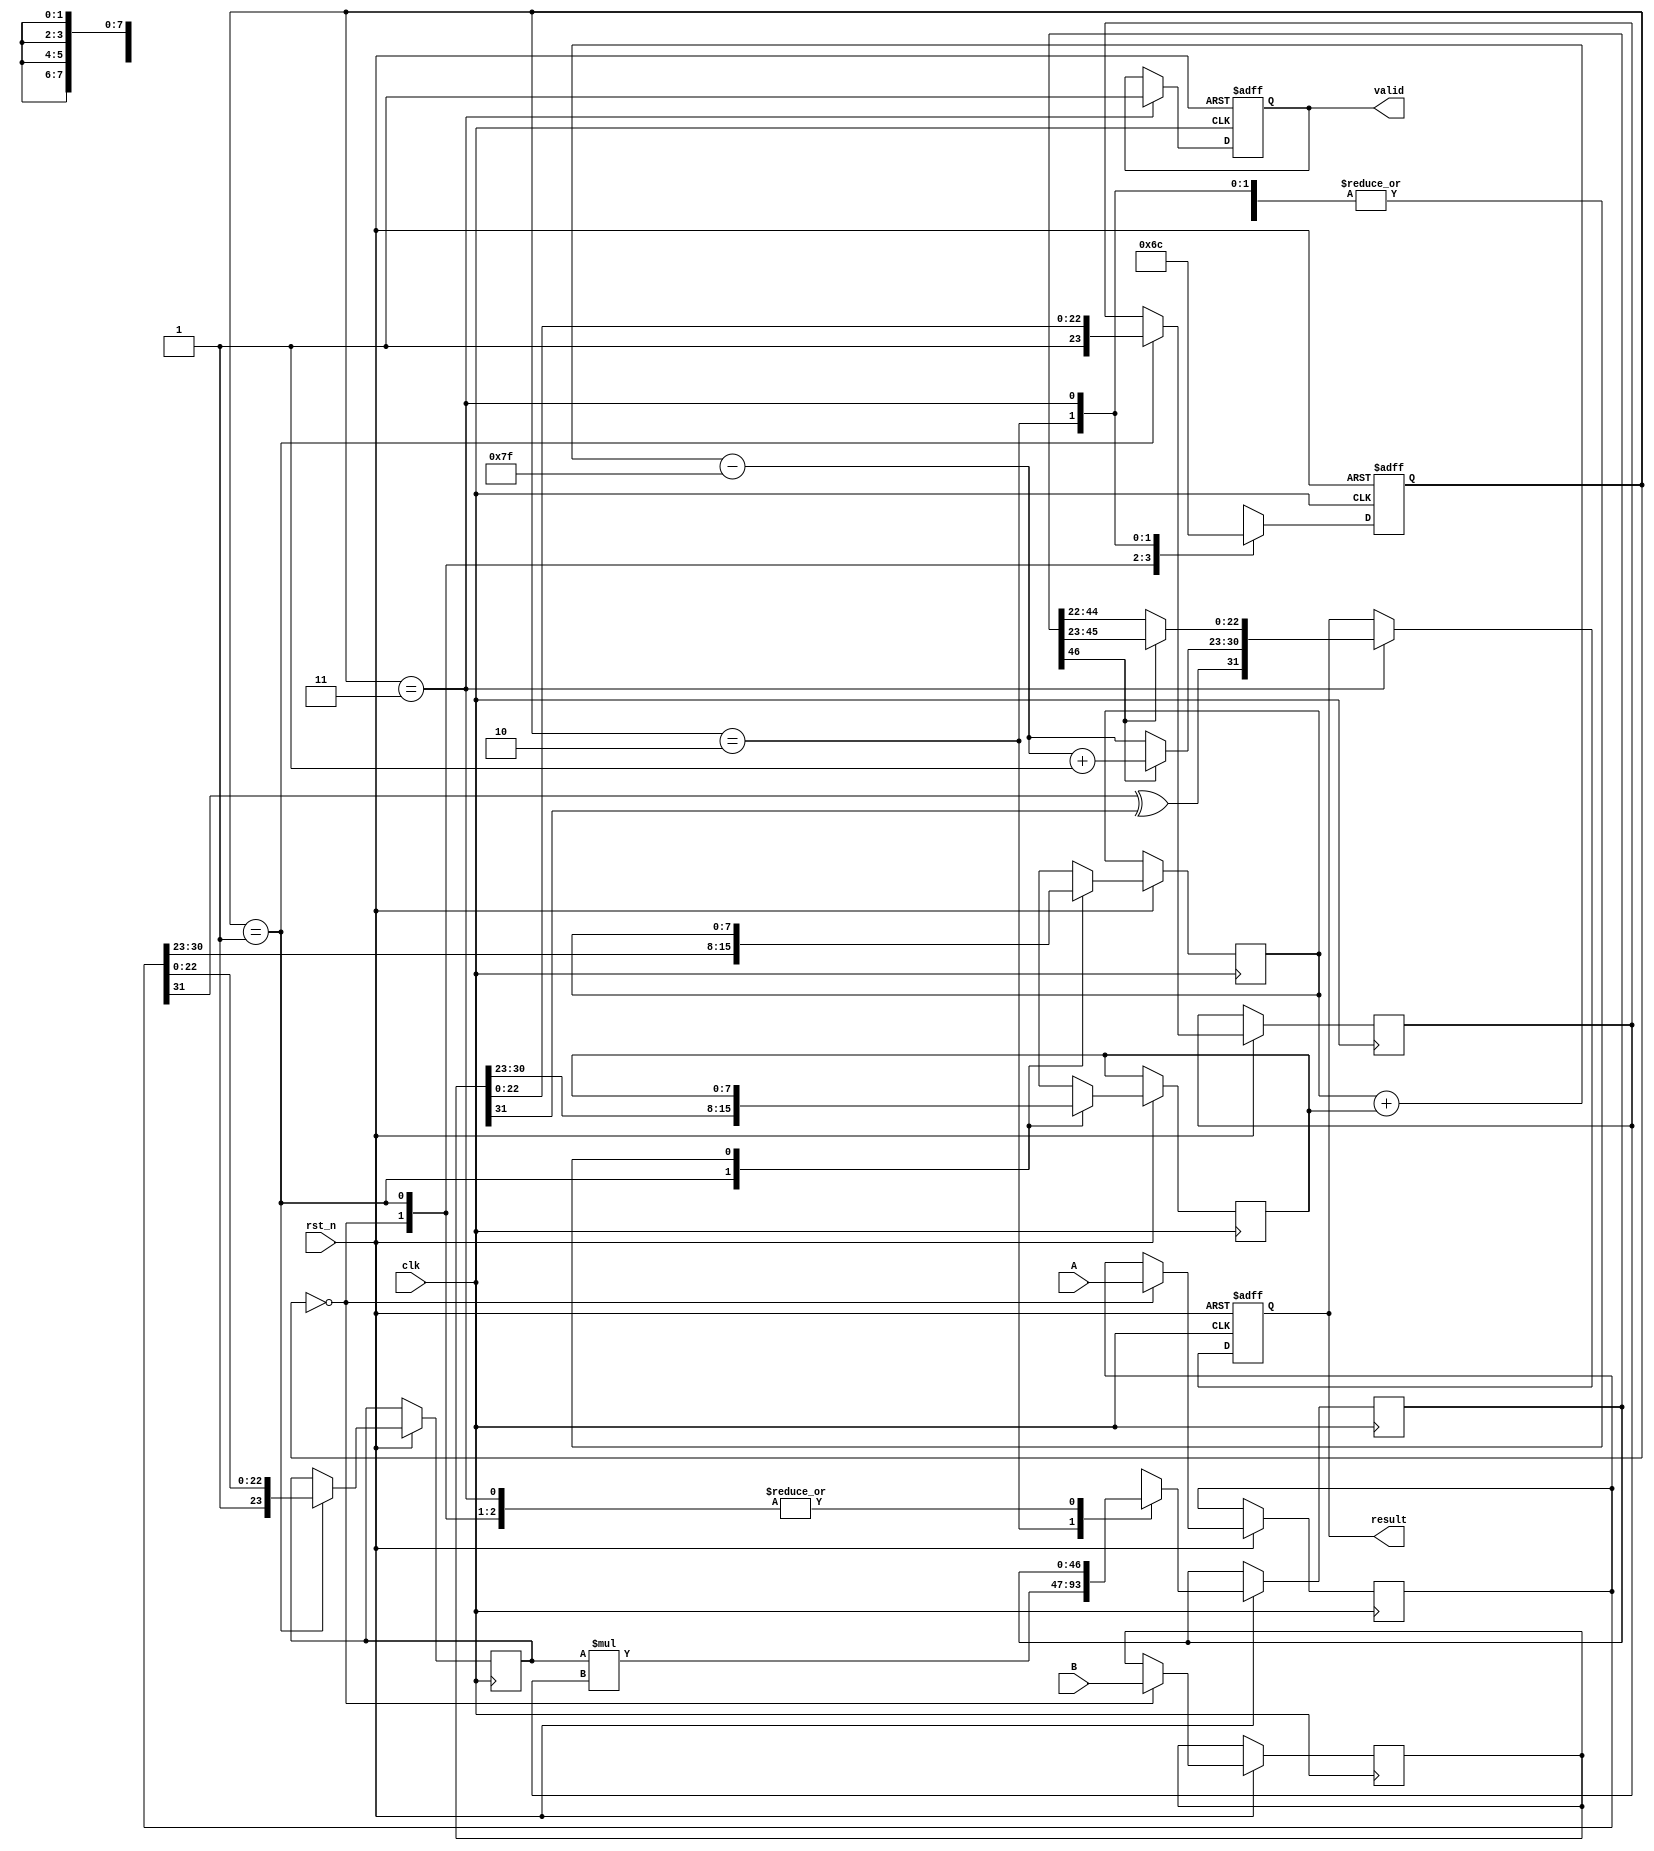
module pipelined_fp_multiplier (
    input clk,                // Clock signal
    input rst_n,              // Active low reset
    input [31:0] A,           // First operand
    input [31:0] B,           // Second operand
    output reg [31:0] result, // Result of the multiplication
    output reg valid          // Indicates when the result is valid
);

    // Internal signals
    reg [1:0] control;        // Control signals for pipeline stages
    reg [7:0] exponentA, exponentB, exponent_result;
    reg [23:0] mantissaA, mantissaB;
    reg [46:0] mantissa_product; // 23 + 23 + 1 for overflow
    reg [24:0] normalized_mantissa; // Final normalized mantissa

    // Stage registers
    reg [31:0] inputA, inputB; // Input stage registers
    reg [23:0] stage1_mantissaA, stage1_mantissaB; // Normalization stage registers
    reg [46:0] stage2_mantissa_prod; // Multiplication stage register
    reg [7:0] stage3_exponent;        // Exponent calculation stage register

    // Control codes for pipeline stages
    localparam INPUT_STAGE       = 2'b00;
    localparam NORMALIZATION_STAGE = 2'b01;
    localparam MULTIPLICATION_STAGE = 2'b10;
    localparam EXPONENT_CALC_STAGE = 2'b11;

    always @(posedge clk or negedge rst_n) begin
        if (!rst_n) begin
            // Reset Stage
            control <= INPUT_STAGE;
            result <= 32'b0;
            valid <= 1'b0;
        end else begin
            case (control)
                INPUT_STAGE: begin
                    // Latch inputs
                    inputA <= A;
                    inputB <= B;
                    control <= NORMALIZATION_STAGE;
                end
                
                NORMALIZATION_STAGE: begin
                    // Extract components
                    exponentA = inputA[30:23];
                    mantissaA = {1'b1, inputA[22:0]}; // Implicit leading 1
                    exponentB = inputB[30:23];
                    mantissaB = {1'b1, inputB[22:0]}; // Implicit leading 1

                    // Move to multiplication stage
                    stage1_mantissaA <= mantissaA;
                    stage1_mantissaB <= mantissaB;
                    control <= MULTIPLICATION_STAGE;
                end
                
                MULTIPLICATION_STAGE: begin
                    // Multiply mantissas
                    mantissa_product = stage1_mantissaA * stage1_mantissaB;
                    control <= EXPONENT_CALC_STAGE;
                end
                
                EXPONENT_CALC_STAGE: begin
                    // Calculate the resultant exponent
                    exponent_result = exponentA + exponentB - 127; // Adjust for bias
                    // Store the mantissa product for normalization
                    stage2_mantissa_prod <= mantissa_product;

                    // Normalize mantissa
                    if (mantissa_product[46]) begin
                        // If mantissa exceeds normalized range, adjust it
                        normalized_mantissa = mantissa_product[46:23];
                        exponent_result = exponent_result + 1;
                    end else begin
                        // Otherwise, what to do?
                        normalized_mantissa = mantissa_product[45:22];
                    end

                    // Combining final result (sign, exponent and mantissa)
                    result <= {inputA[31] ^ inputB[31], exponent_result[7:0], normalized_mantissa[22:0]};
                    valid <= 1'b1; // Result is now valid
                    control <= INPUT_STAGE; // Go to input stage for next operation
                end
            endcase
        end
    end
endmodule